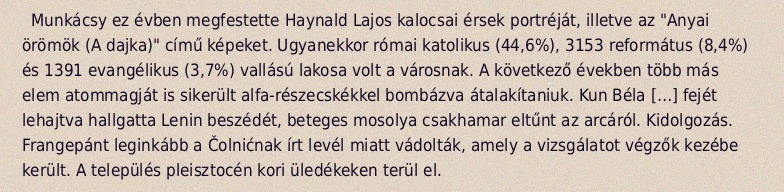
Munkácsy ez évben megfestette Haynald Lajos kalocsai érsek portréját, illetve az "Anyai örömök (A dajka)" című képeket. Ugyanekkor római katolikus (44,6%), 3153 református (8,4%) és 1391 evangélikus (3,7%) vallású lakosa volt a városnak. A következő években több más elem atommagját is sikerült alfa-részecskékkel bombázva átalakítaniuk. Kun Béla […] fejét lehajtva hallgatta Lenin beszédét, beteges mosolya csakhamar eltűnt az arcáról. Kidolgozás. Frangepánt leginkább a Čolnićnak írt levél miatt vádolták, amely a vizsgálatot végzők kezébe került. A település pleisztocén kori üledékeken terül el.